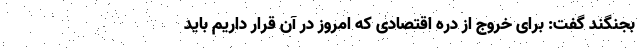
بجنگند گفت: برای خروج از دره‌ اقتصادی که امروز در آن قرار داریم باید